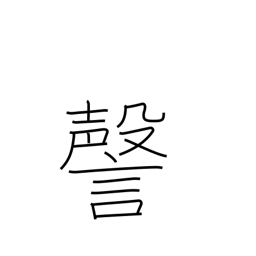
Meaning: coughing